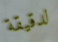
لدقيقة